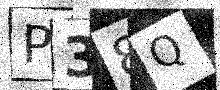
Text: P38Q